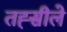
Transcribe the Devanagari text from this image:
तह्सीले